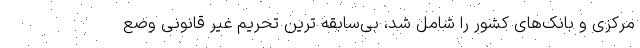
مرکزی و بانک‌های کشور را شامل شد، بی‌سابقه ترین تحریم غیر قانونی وضع